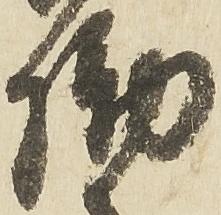
働